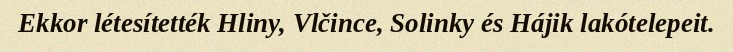
Ekkor létesítették Hliny, Vlčince, Solinky és Hájik lakótelepeit.